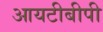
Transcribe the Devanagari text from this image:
आयटीबीपी